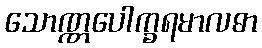
သောဏ္ဏပေါက္ခရမာလဓာ